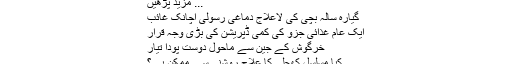
... مزید پڑھیں
گیارہ سالہ بچی کی لاعلاج دماغی رسولی اچانک غائب
ایک عام غذائی جزو کی کمی ڈپریشن کی بڑی وجہ قرار
خرگوش کے جین سے ماحول دوست پودا تیار
کیا مسلسل کھجلی کا علاج روشنی سے ممکن ہے؟